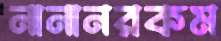
নানানরকম